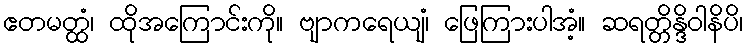
ဧတမတ္ထံ၊ ထိုအကြောင်းကို။ ဗျာကရေယျံ၊ ဖြေကြားပါအံ့။ ဆရတ္တိန္ဒိဝါနိပိ၊